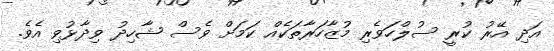
އަދި އޭރު ކުރީ ސުލްހަވެރި މުޒާހަރާތަކެއް ކަމަށް ވެސް ޝާހިދު ވިދާޅުވި އެވެ.